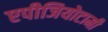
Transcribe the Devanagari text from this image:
एपीजियोटामी